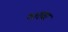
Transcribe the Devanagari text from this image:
१०१वर